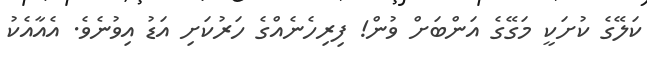
ކަލޭގެ ކުށަކީ މަގޭގެ އަންބަށް ވުން! ފިރިހެނެއްގެ ހަރުކަށި އަޑު އިވުނެވެ. އެއާއެކު